Annual report on the working of the mental hospitals in the Madras Presidency - 1912-1932
Year: 1912
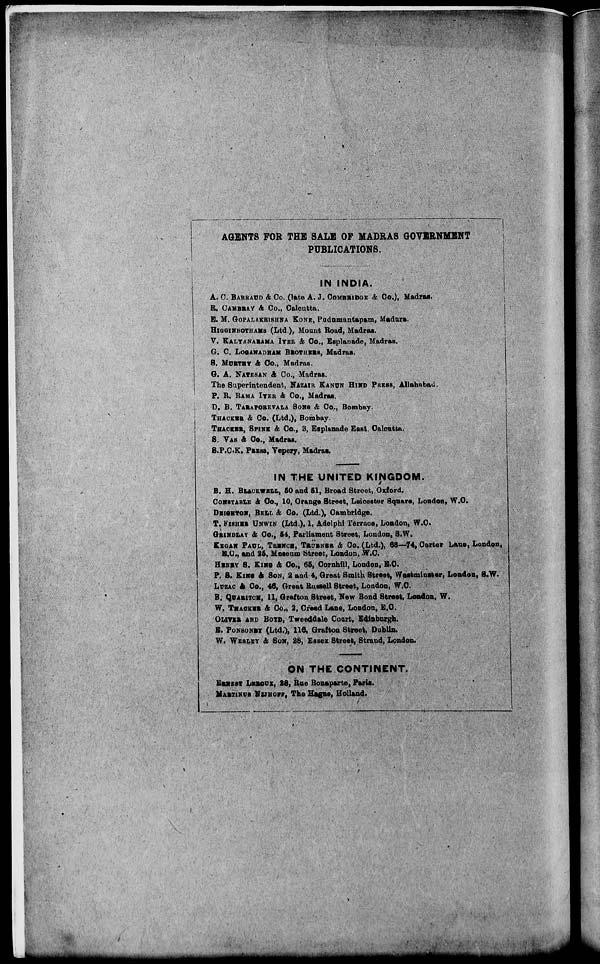
AGENTS FOR THE SALE OF MADRAS GOVERNMENT
PUBLICATIONS.
IN INDIA.
A. C. BARRAUD & Co. (late A. J. COMBRIDGE & Co.), Madras.
R. CAMBRAY & Co., Calcutta.
E.
M. GOPALAKRISHNA KONE, Pudumantapam, Madura.
HIGGINBOTHAMS (Ltd.), Mount Road, Madras.
V. KALYANARAMA IYER & Co., Esplanade, Madras.
G. C. LOGANADHAM BROTHERS, Madras.
S. MURTHY & Co., Madras.
G. A. NATESAN & Co., Madras.
The Superintendent, NAZAIR KANUN HIND PRESS, Allahabad.
P. R. RAMA IYER & Co., Madras.
D. B. TARAPOREVALA SONS & Co., Bombay.
THACKER & Co. (Ltd.), Bombay.
THACKER, SPINK & Co., 3, Esplanade East, Calcutta.
S. VAS & Co., Madras.
S.P.C.K. PRESS, Vepery, Madras.
IN THE UNITED KINGDOM.
B. H. BLACKWELL, 50 and 51, Broad Street, Oxford.
CONSTABLE & Co., 10, Orange Street, Leicester Square, London, W.C.
DEIGHTON, BELL & Co. (Ltd.), Cambridge.
T. FISHER UNWIN (Ltd.), 1, Adelphi Terrace, London, W.C.
GRINDLAY & Co., 54, Parliament Street, London, S.W.
KEGAN PAUL, TRENCH, TRÜBNER & Co. (Ltd.), 68—74, Carter Lane, London,
E.C., and 25, Museum Street, London, W.C.
HENRY S. KING & Co., 65, Cornhill, London, E.C.
P. S. KING & SON, 2 and 4, Great Smith Street, Westminster, London, S.W.
LUZAC & Co., 46, Great Russell Street, London, W.C.
B. QUARITCH, 11, Grafton Street, New Bond Street, London, W.
W. THACKER & Co., 2, Creed Lane, London, E.C.
OLIVER AND BOYD, Tweeddale Court, Edinburgh.
E. PONSONBY (Ltd.), 116, Grafton Street, Dublin.
W. WESLEY & SON, 28, Essex Street, Strand, London.
ON THE CONTINENT.
ERNEST LEROUX, 28, Rue Bonaparte, Paris.
MARTINUS NIJHOFF, The Hague, Holland.